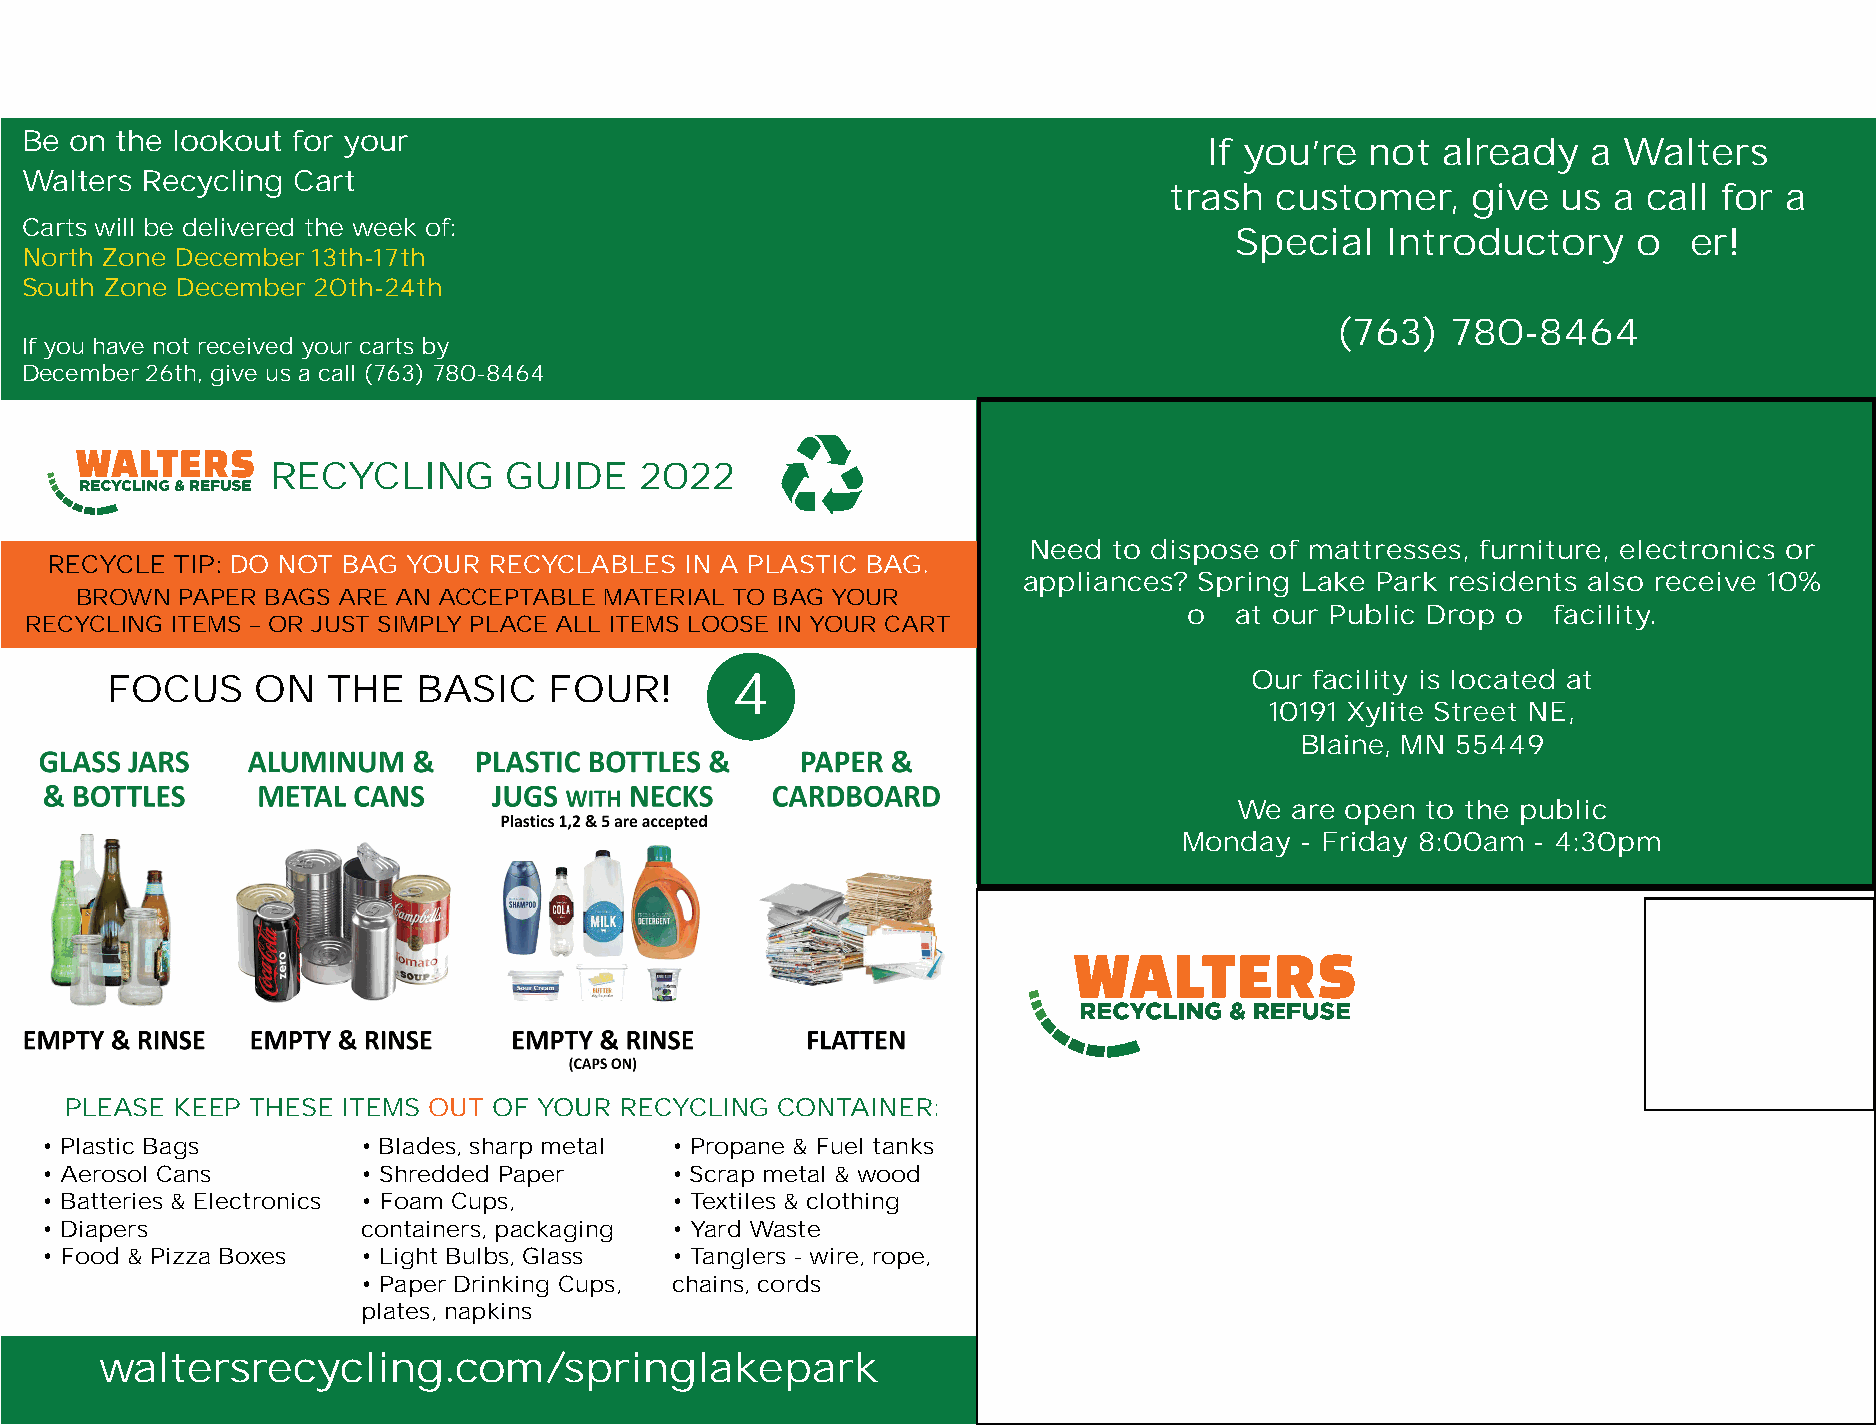
WELCOME             TO    WALTERS!            YOUR        NEW       RECYCLING              PROVIDER!
 YOUR       NEW      RECYCLING            DAY     IS  WEDNESDAY!
 Be  on the lookout for your
 If you’re  not already   a Walters
 Walters Recycling Cart
 trash  customer,    give  us  a call for a
 Carts will be delivered the week of:
 Special   Introductory    offer!
 North Zone December 13th-17th
 South Zone December 20th-24th
 (763)   780-8464
 If you have not received your carts by
 December 26th, give us a call (763) 780-8464
 If you are still unsure what to recycle or how  to
 dispose  of something,   use our Waste  Wizard   tool on
 RECYCLING      GUIDE    2022
 our website  at waltersrecycling.com
 Need  to dispose of mattresses, furniture, electronics or
 RECYCLE TIP: DO NOT BAG YOUR RECYCLABLES  IN A PLASTIC BAG.
 appliances? Spring Lake Park residents also receive 10%
 BROWN  PAPER BAGS ARE AN ACCEPTABLE MATERIAL TO BAG YOUR
 off at our Public Drop off facility.
 RECYCLING ITEMS – OR JUST SIMPLY PLACE ALL ITEMS LOOSE IN YOUR CART
 FOCUS     ON   THE   BASIC   FOUR!       4                                  Our facility is located at
 10191 Xylite Street NE,
 Blaine, MN 55449
 We are open to the public
 Monday  - Friday 8:00am - 4:30pm
 POSTAGE AREA
 2830 101st Ave NE
 Blaine, MN 55449
 (763) 780-8464
 PLEASE KEEP  THESE ITEMS OUT OF YOUR RECYCLING CONTAINER:
 • Plastic Bags       • Blades, sharp metal • Propane & Fuel tanks
 • Aerosol Cans       • Shredded Paper    • Scrap metal & wood
 • Batteries & Electronics • Foam Cups,   • Textiles & clothing
 • Diapers            containers, packaging • Yard Waste
 • Food & Pizza Boxes • Light Bulbs, Glass • Tanglers - wire, rope,
 • Paper Drinking Cups, chains, cords
 plates, napkins
 waltersrecycling.com/springlakepark